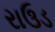
રાઉડ